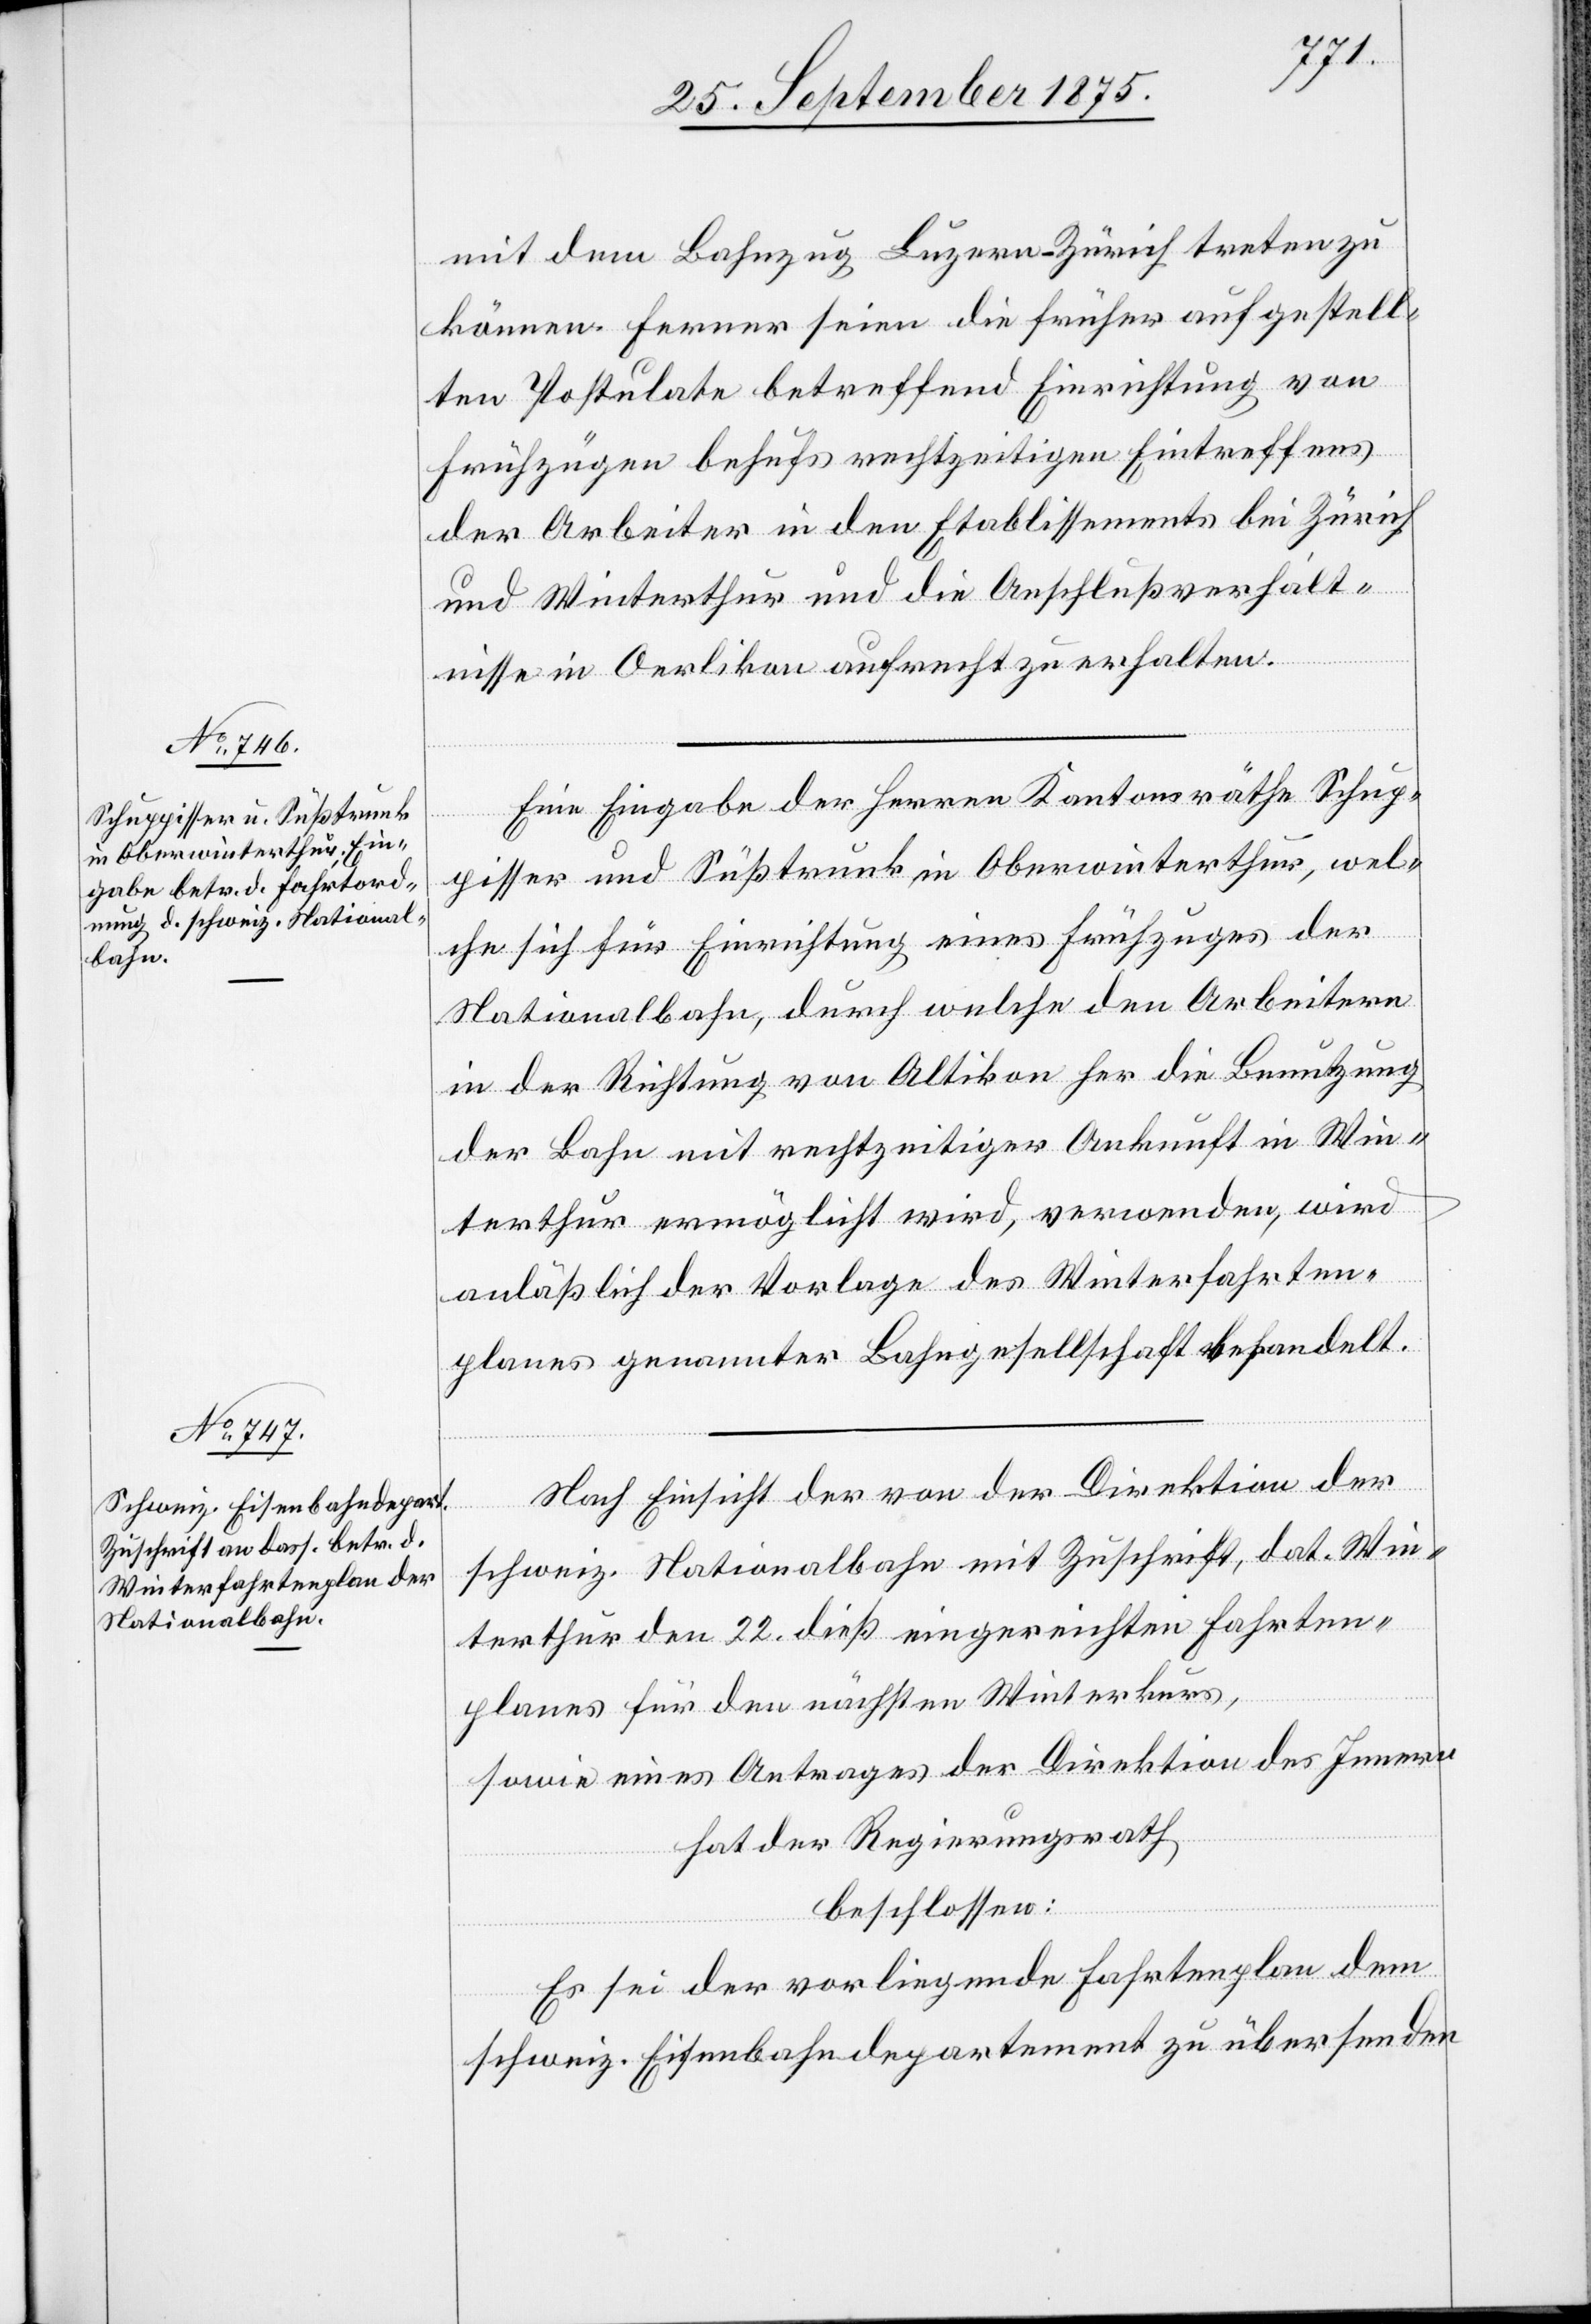
mit dem Bahnzug Luzern–Zürich treten zu
können. Ferner seien die früher aufgestell¬
ten Postulate betreffend Einrichtung von
Frühzügen behufs rechtzeitigen Eintreffens
der Arbeiter in den Etablissements bei Zürich
und Winterthur und die Anschlußverhält¬
nisse in Oerlikon aufrecht zu erhalten.
Eine Eingabe der Herren Kantonsräthe Schup¬
pisser und Süßtrunk in Oberwinterthur, wel¬
che sich für Einrichtung eines Frühzuges der
Nationalbahn, durch welche den Arbeitern
in der Richtung von Altikon her die Benutzung
der Bahn mit rechtzeitiger Ankunft in Win¬
terthur ermöglicht wird, verwenden, wird
anläßlich der Vorlage des Winterfahrten¬
planes genannter Bahngesellschaft behandelt.
Nach Einsicht der von der Direktion der
schweiz. Nationalbahn mit Zuschrift, dat. Win¬
terthur den 22. dieß eingereichten Fahrten¬
planes für den nächsten Winterkurs,
sowie eines Antrages der Direktion des Innern
hat der Regierungsrath,
beschlossen:
Es sei der vorliegende Fahrtenplan dem
schweiz. Eisenbahndepartement zu übersenden